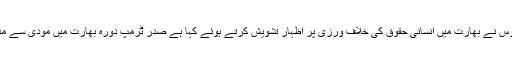
اس موقع پر امریکی وائٹ ہائوس نے بھارت میں انسانی حقوق کی خلاف ورزی پر اظہار تشویش کرتے ہوئے کہا ہے صدر ٹرمپ دورہ بھارت میں مودی سے مذہبی آزادی پر بات کریں گے۔